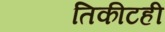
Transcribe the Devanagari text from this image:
तिकीटही